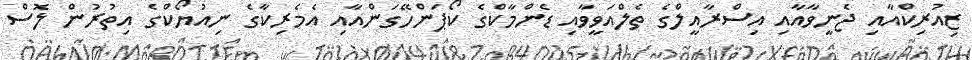
ޒިއުރިކްއާއި ޖެނީވާއާއި އިސްރާއީލްގެ ތެލްއަވީވާއި ޑެންމާކްގެ ކޯޕަންހޭގަންއާއި އެމެރިކާގެ ނިއުޔޯކްގެ އިތުރުން ލޮސް